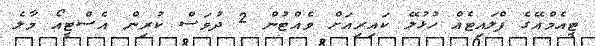
ޓީއެމްއޭގެ ފްލައިޓެއް ހުޅުލޭ ކައިރިއަށް ވެއްޓުން 2 ދުވަސް ކުރިން އެސްޓީއޯ މާލެ